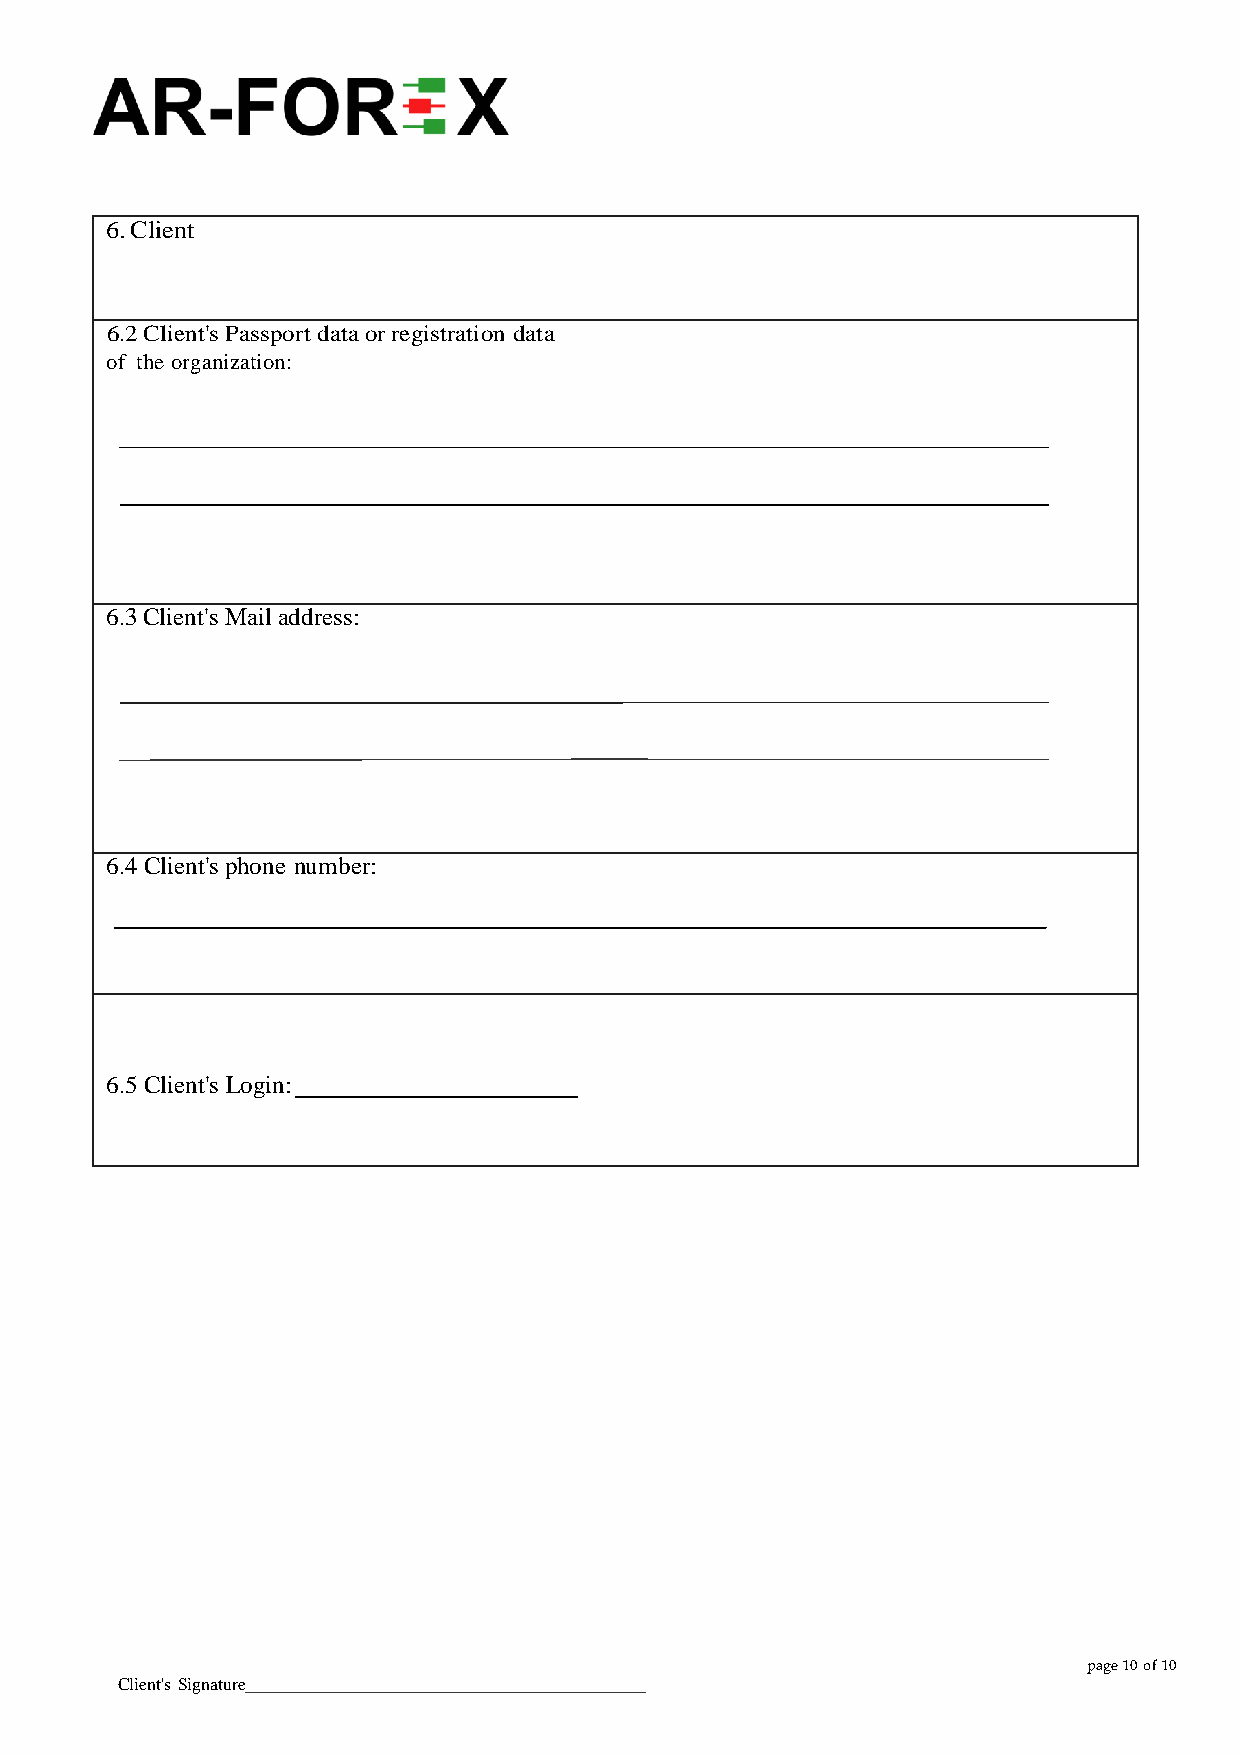
6. Client
 6.2 Client's Passport data or registration data
 of the organization:
 6.3 Client's Mail address:
 6.4 Client's phone number:
 6.5 Client's Login:
 page 10 of 10
 Client's Signature